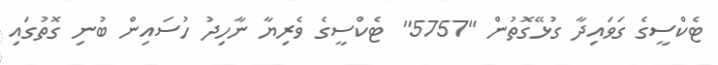
ޓެކްސީގެ ގަވައިދާ ގުޅޭގޮތުން "5757" ޓެކްސީގެ ވެރިޔާ ނާހިދު ހުސައިން ބުނި ގޮތުގައި